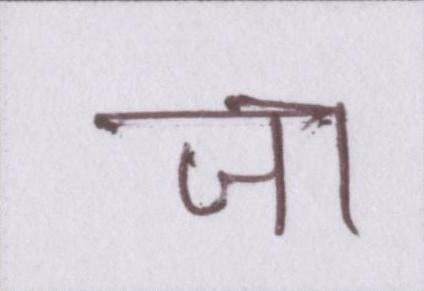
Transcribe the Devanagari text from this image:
जा